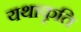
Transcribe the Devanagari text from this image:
यथाकृति